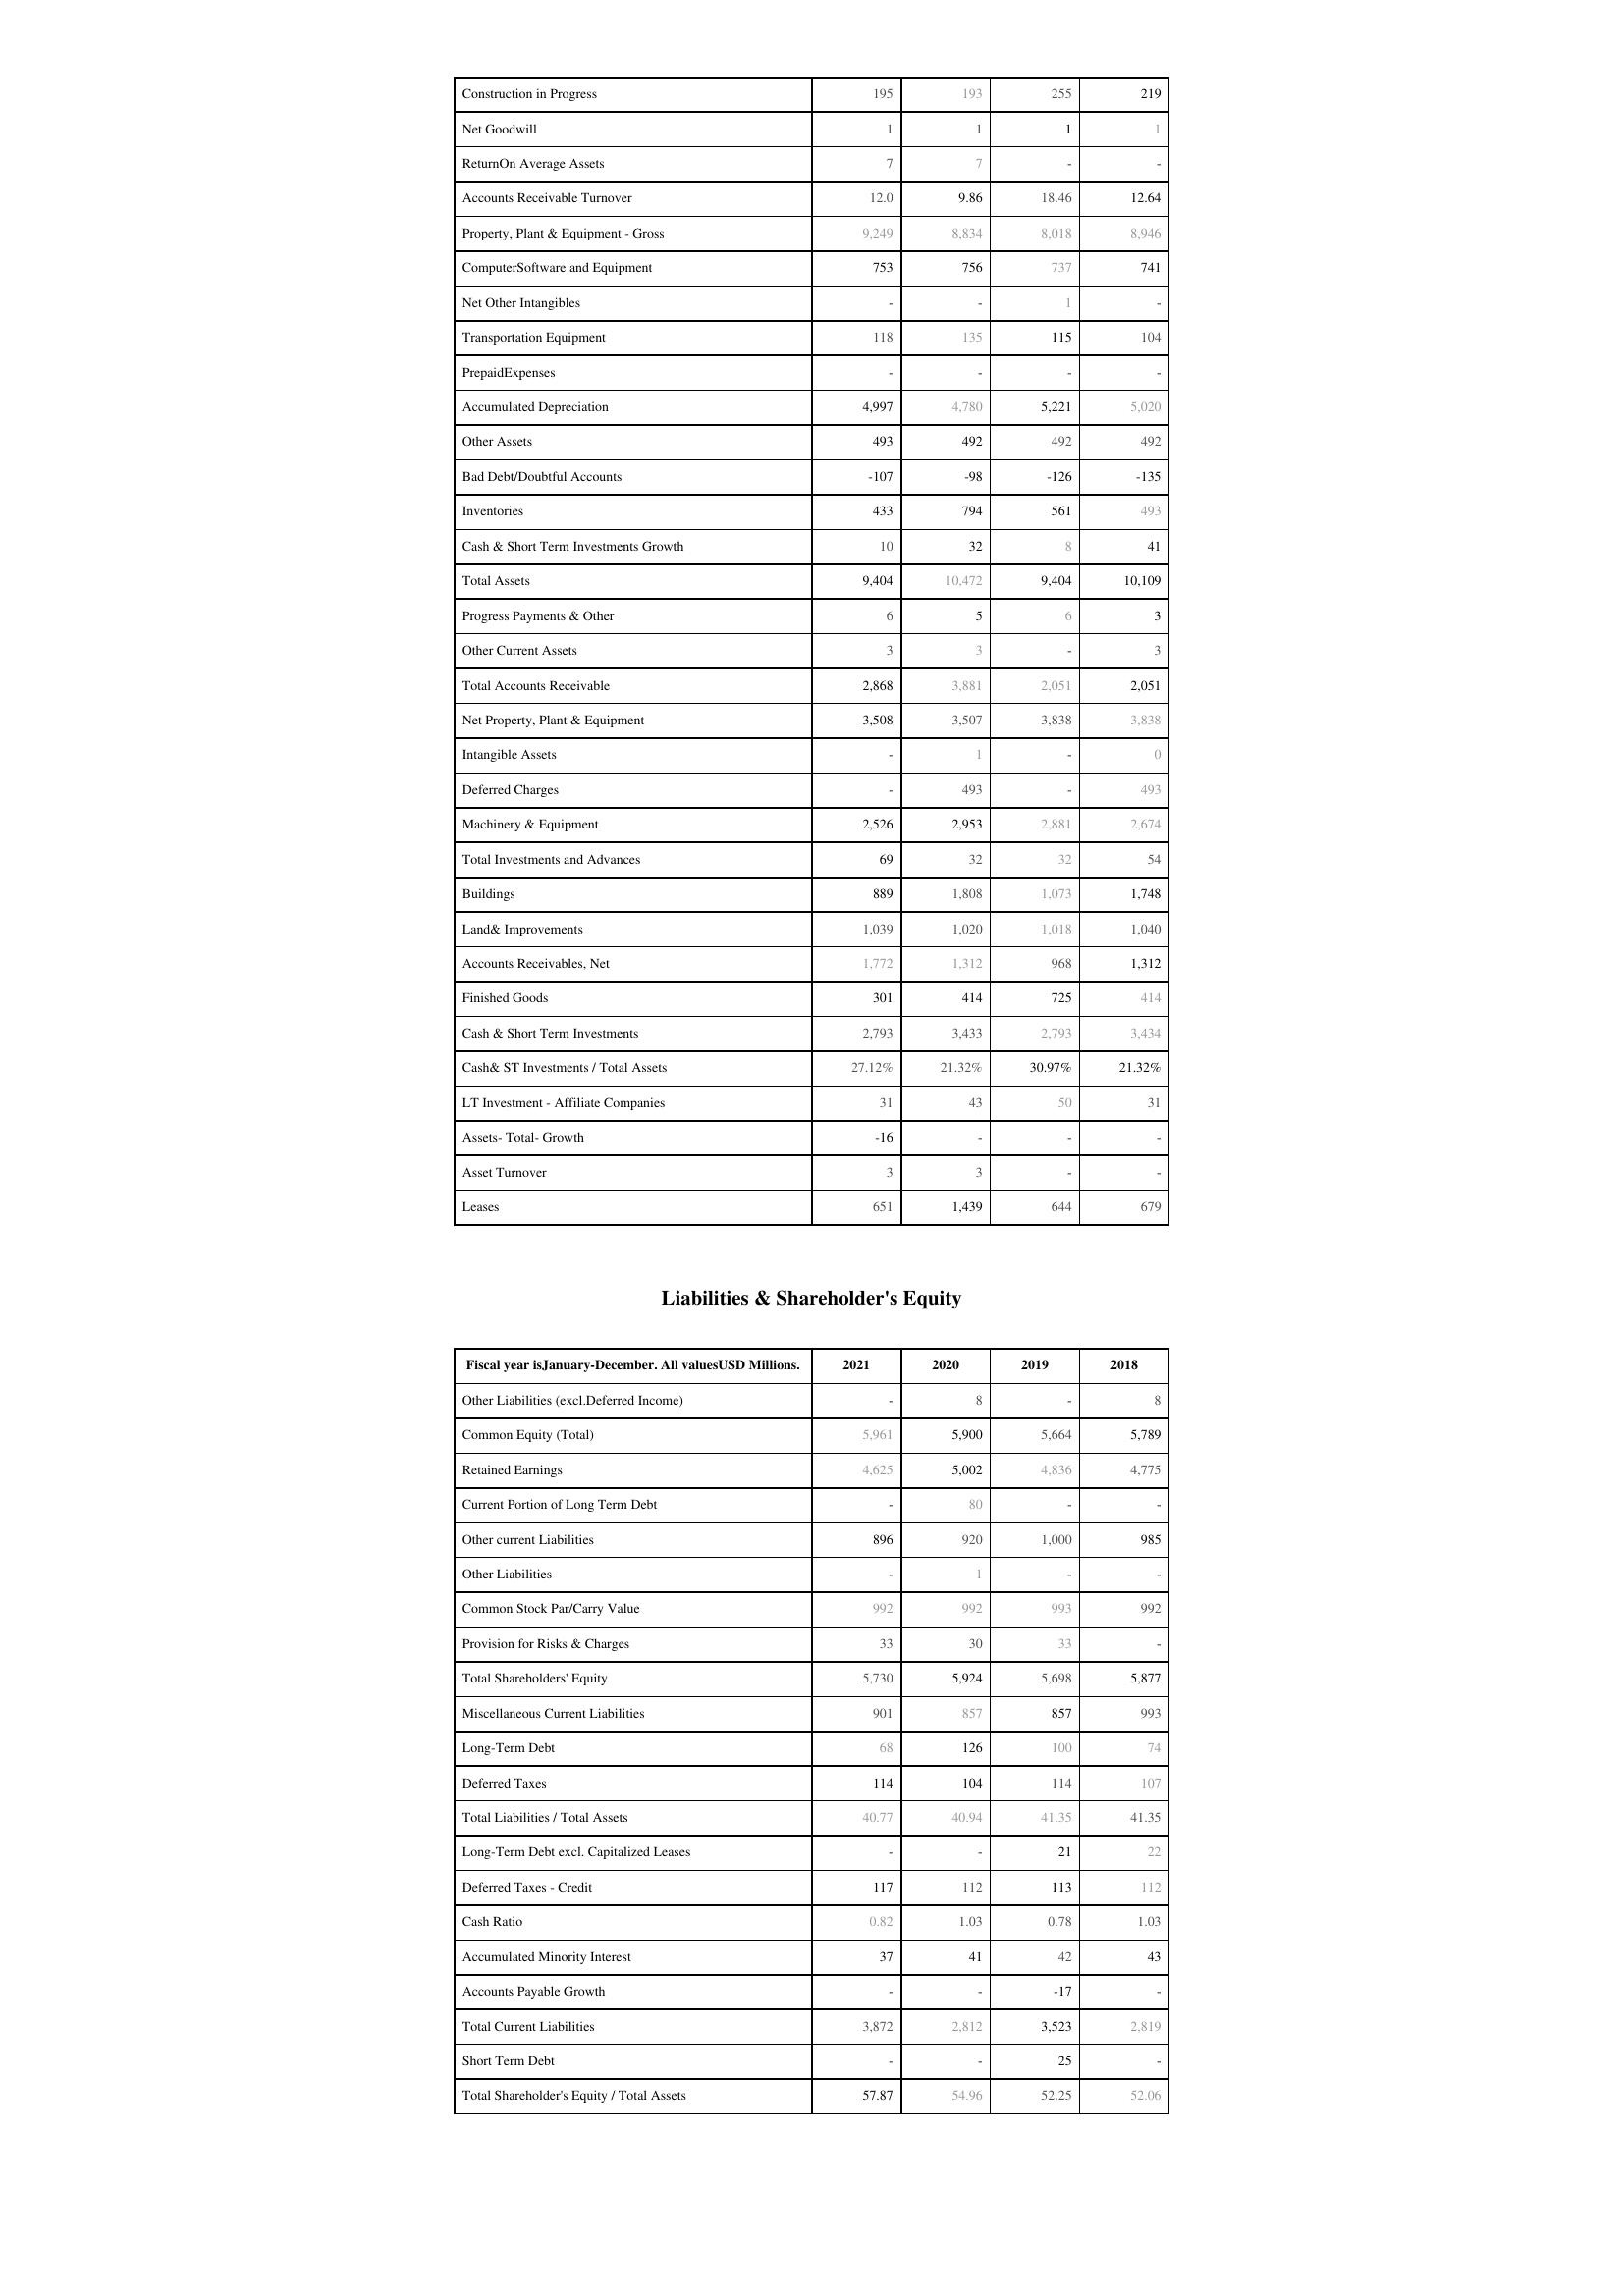
2021: Assets: Construction in Progress: 195
Net Goodwill: 1
ReturnOn Average Assets: 7
Accounts Receivable Turnover: 12.0
Property, Plant & Equipment - Gross : 9,249
ComputerSoftware and Equipment: 753
Net Other Intangibles: -
Transportation Equipment: 118
PrepaidExpenses: -
Accumulated Depreciation: 4,997
Other Assets: 493
Bad Debt/Doubtful Accounts: -107
Inventories: 433
Cash & Short Term Investments Growth: 10
Total Assets: 9,404
Progress Payments & Other: 6
Other Current Assets: 3
Total Accounts Receivable: 2,868
Net Property, Plant & Equipment: 3,508
Intangible Assets: -
Deferred Charges: -
Machinery & Equipment: 2,526
Total Investments and Advances: 69
Buildings: 889
Land& Improvements: 1,039
Accounts Receivables, Net: 1,772
Finished Goods: 301
Cash & Short Term Investments: 2,793
Cash& ST Investments / Total Assets: 27.12%
LT Investment - Affiliate Companies: 31
Assets- Total- Growth: -16
Asset Turnover: 3
Leases: 651
Liabilities & Shareholder's Equity: Other Liabilities (excl.Deferred Income): -
Common Equity (Total): 5,961
Retained Earnings: 4,625
Current Portion of Long Term Debt: -
Other current Liabilities: 896
Other Liabilities: -
Common Stock Par/Carry Value: 992
Provision for Risks & Charges: 33
Total Shareholders' Equity: 5,730
Miscellaneous Current Liabilities: 901
Long-Term Debt: 68
Deferred Taxes: 114
Total Liabilities / Total Assets: 40.77
Long-Term Debt excl. Capitalized Leases: -
Deferred Taxes - Credit: 117
Cash Ratio: 0.82
Accumulated Minority Interest: 37
Accounts Payable Growth: -
Total Current Liabilities: 3,872
Short Term Debt: -
Total Shareholder's Equity / Total Assets: 57.87
2020: Assets: Construction in Progress: 193
Net Goodwill: 1
ReturnOn Average Assets: 7
Accounts Receivable Turnover: 9.86
Property, Plant & Equipment - Gross : 8,834
ComputerSoftware and Equipment: 756
Net Other Intangibles: -
Transportation Equipment: 135
PrepaidExpenses: -
Accumulated Depreciation: 4,780
Other Assets: 492
Bad Debt/Doubtful Accounts: -98
Inventories: 794
Cash & Short Term Investments Growth: 32
Total Assets: 10,472
Progress Payments & Other: 5
Other Current Assets: 3
Total Accounts Receivable: 3,881
Net Property, Plant & Equipment: 3,507
Intangible Assets: 1
Deferred Charges: 493
Machinery & Equipment: 2,953
Total Investments and Advances: 32
Buildings: 1,808
Land& Improvements: 1,020
Accounts Receivables, Net: 1,312
Finished Goods: 414
Cash & Short Term Investments: 3,433
Cash& ST Investments / Total Assets: 21.32%
LT Investment - Affiliate Companies: 43
Assets- Total- Growth: -
Asset Turnover: 3
Leases: 1,439
Liabilities & Shareholder's Equity: Other Liabilities (excl.Deferred Income): 8
Common Equity (Total): 5,900
Retained Earnings: 5,002
Current Portion of Long Term Debt: 80
Other current Liabilities: 920
Other Liabilities: 1
Common Stock Par/Carry Value: 992
Provision for Risks & Charges: 30
Total Shareholders' Equity: 5,924
Miscellaneous Current Liabilities: 857
Long-Term Debt: 126
Deferred Taxes: 104
Total Liabilities / Total Assets: 40.94
Long-Term Debt excl. Capitalized Leases: -
Deferred Taxes - Credit: 112
Cash Ratio: 1.03
Accumulated Minority Interest: 41
Accounts Payable Growth: -
Total Current Liabilities: 2,812
Short Term Debt: -
Total Shareholder's Equity / Total Assets: 54.96
2019: Assets: Construction in Progress: 255
Net Goodwill: 1
ReturnOn Average Assets: -
Accounts Receivable Turnover: 18.46
Property, Plant & Equipment - Gross : 8,018
ComputerSoftware and Equipment: 737
Net Other Intangibles: 1
Transportation Equipment: 115
PrepaidExpenses: -
Accumulated Depreciation: 5,221
Other Assets: 492
Bad Debt/Doubtful Accounts: -126
Inventories: 561
Cash & Short Term Investments Growth: 8
Total Assets: 9,404
Progress Payments & Other: 6
Other Current Assets: -
Total Accounts Receivable: 2,051
Net Property, Plant & Equipment: 3,838
Intangible Assets: -
Deferred Charges: -
Machinery & Equipment: 2,881
Total Investments and Advances: 32
Buildings: 1,073
Land& Improvements: 1,018
Accounts Receivables, Net: 968
Finished Goods: 725
Cash & Short Term Investments: 2,793
Cash& ST Investments / Total Assets: 30.97%
LT Investment - Affiliate Companies: 50
Assets- Total- Growth: -
Asset Turnover: -
Leases: 644
Liabilities & Shareholder's Equity: Other Liabilities (excl.Deferred Income): -
Common Equity (Total): 5,664
Retained Earnings: 4,836
Current Portion of Long Term Debt: -
Other current Liabilities: 1,000
Other Liabilities: -
Common Stock Par/Carry Value: 993
Provision for Risks & Charges: 33
Total Shareholders' Equity: 5,698
Miscellaneous Current Liabilities: 857
Long-Term Debt: 100
Deferred Taxes: 114
Total Liabilities / Total Assets: 41.35
Long-Term Debt excl. Capitalized Leases: 21
Deferred Taxes - Credit: 113
Cash Ratio: 0.78
Accumulated Minority Interest: 42
Accounts Payable Growth: -17
Total Current Liabilities: 3,523
Short Term Debt: 25
Total Shareholder's Equity / Total Assets: 52.25
2018: Assets: Construction in Progress: 219
Net Goodwill: 1
ReturnOn Average Assets: -
Accounts Receivable Turnover: 12.64
Property, Plant & Equipment - Gross : 8,946
ComputerSoftware and Equipment: 741
Net Other Intangibles: -
Transportation Equipment: 104
PrepaidExpenses: -
Accumulated Depreciation: 5,020
Other Assets: 492
Bad Debt/Doubtful Accounts: -135
Inventories: 493
Cash & Short Term Investments Growth: 41
Total Assets: 10,109
Progress Payments & Other: 3
Other Current Assets: 3
Total Accounts Receivable: 2,051
Net Property, Plant & Equipment: 3,838
Intangible Assets: 0
Deferred Charges: 493
Machinery & Equipment: 2,674
Total Investments and Advances: 54
Buildings: 1,748
Land& Improvements: 1,040
Accounts Receivables, Net: 1,312
Finished Goods: 414
Cash & Short Term Investments: 3,434
Cash& ST Investments / Total Assets: 21.32%
LT Investment - Affiliate Companies: 31
Assets- Total- Growth: -
Asset Turnover: -
Leases: 679
Liabilities & Shareholder's Equity: Other Liabilities (excl.Deferred Income): 8
Common Equity (Total): 5,789
Retained Earnings: 4,775
Current Portion of Long Term Debt: -
Other current Liabilities: 985
Other Liabilities: -
Common Stock Par/Carry Value: 992
Provision for Risks & Charges: -
Total Shareholders' Equity: 5,877
Miscellaneous Current Liabilities: 993
Long-Term Debt: 74
Deferred Taxes: 107
Total Liabilities / Total Assets: 41.35
Long-Term Debt excl. Capitalized Leases: 22
Deferred Taxes - Credit: 112
Cash Ratio: 1.03
Accumulated Minority Interest: 43
Accounts Payable Growth: -
Total Current Liabilities: 2,819
Short Term Debt: -
Total Shareholder's Equity / Total Assets: 52.06